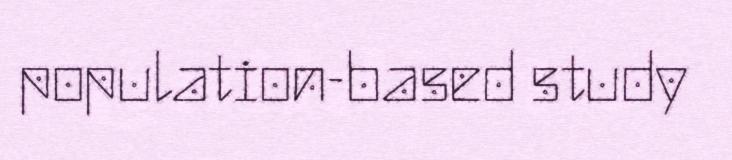
population-based study